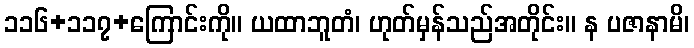
၁၁၆+၁၁၇+ကြောင်းကို။ ယထာဘူတံ၊ ဟုတ်မှန်သည်အတိုင်း။ န ပဇာနာမိ၊